Medical and sanitary report of the native army of Bengal for the year
Year: 1874
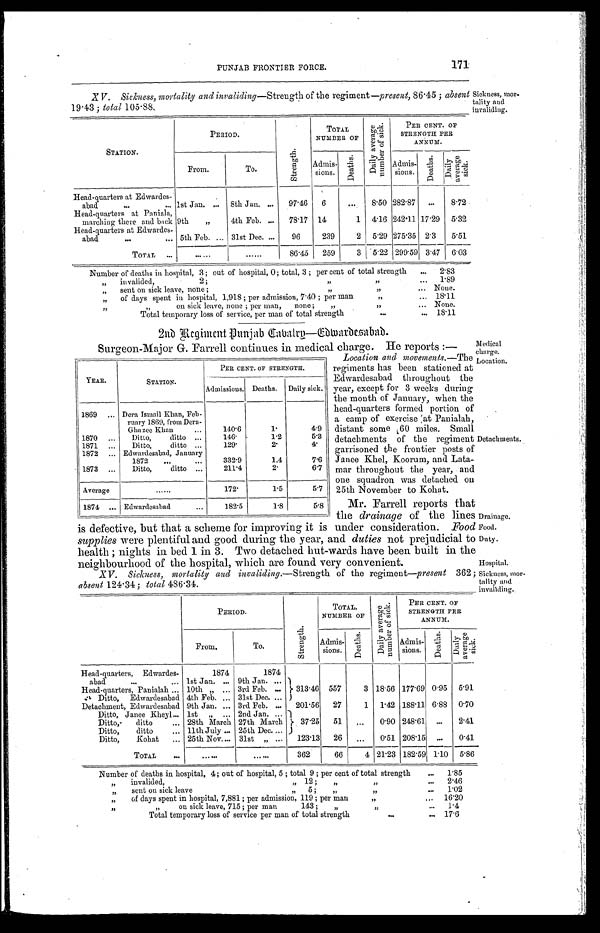
PUNJAB FRONTIER FORCE.
171
X V. Sickness, mortality and invaliding—Strength of the regiment—present, 86.45 ; absent
19.43 total 105.88.
Sickness, mor-
ality and
uvaliding.
STATION.
PERIOD.
S t r e n g t h .
TOTAL
NUMBER OF
D a i l y A v e r a g e N u m b e r S i c k .
P E R C E N T . O F
STRENGTH PER
ANNUM.
From.
To.
Admissions.
D e a t h s .
Admissions.
D e a t h s .
D a i l y A v e r a g e S i c k .
Head-quarters at Edwardes-
abad
...
... 1st Jan. ... 8th Jan. ... 97.46
6
. . .
8.50 282.87 ... 8.72
Head-quarters at Paniala,
marching there and back 9th „
4th Feb. ... 78.17 14
1 4.16 242.11 17.29 5.32
Head-quarters at Edwardes-
abad
...
... 5th Feb. ... 31st Dec. ...
96
239
2 5.29 275.35 2.3 5.51
TOTAL ...
......
......
86.45 259
3 5.22
2 9 9 . 5 9
3.47
6 . 0 3
Number of deaths in hospital, 3 ; out of hospital, 0; total, 3 ; per cent of total strength ... 2.83
,, invalided,
2;
, , , ,
, ,
... 1.89
,, sent on sick leave, none ; „
, ,
... None.
„ of days spent in hospital, 1,918 ; per admission, 7.40 ; per man
, ,
... 18.11
„
on sick leave, none ; per man, none ;
,,
, ,
... None.
Total temporary loss of service, per man of total strength
. . .
... 18.11
2nd Regiment Punjap Cabalry—Edwardesabad.
Detachments.
Drainage.
Food.
Duty.
Hospital.
Sickness, mor-
tality and
Surgeon-Major G. Farrell continues in medical charge. He reports :—
YEAR.
STATION.
PER CENT. OF STRENGTH.
Admissions. Deaths. Daily sick.
1869 ... Dora Ismail Khan, Feb-
ruary 1860, from Dera-
Ghazee Khan
...
140.6
1.
4.9
1870 ... Ditto,
ditto ...
146.
1.2
5.3
1871 ...
Ditto,
ditto ...
129.
2.
4.
1872 ... Edwardesabad, January
1872 ...
...
332.9
1.4
7.6
1873 ...
Ditto,
ditto ...
211.4
2.
6.7
Average
......
172.
1.5
5.7
1874 ... Edwardesabad ...
1 8 2 . 5
1.8
5.8
is defective, but that a scheme for improving it is under consideration. Food
supplies were plentiful and good during the year, and duties not prejudicial to
health ; nights in bed 1 in 3. Two detached hut-wards have been built in the
neighbourhood of the hospital, which are found very convenient.
XV V. Sickness, mortality and invaliding .—Strength of the regiment—present 362;
absent 124.34 ; total 486.34.
Location and movemen .—The
regiments has been stationed at
Edwardesabad throughout the
year, except for 3 weeks during
the month of January, when the
head-quarters formed portion of
a camp of exercise at Panialah,
distant some 60 miles. Small
detachments of the regiment
garrisoned the frontier posts of
Janee Khel, Koorum, and Lata-
mar throughout the year, and
one squadron was detached on
25th November to Kohat.
Mr. Farrell reports that
the drainage of the lines
PERIOD.
S t r e n g t h .
TOTAL.
NUMBER OF
D a i l y A v e r a g e n u m b e r o f s i c k .
PER CENT. OF
STRENGTH PER
ANNUM.
From.
To.
Admi
ssions.
D e a t h s .
Admi
ssions.
D e a t h s .
D a i l y A v e r a g e s i c k .
Head-quarters, Edwardes-
1874
1874
abad
...
1st Jan. ... 9th Jan. ...
313.46 557
3 18.56 177.69 0.95 5.91
Head-quarters, Panialah ... 10th ,, ...
3rd Feb. ...
Ditto, Edwardesabad 4th Feb. ... 31st Dec. ...
Detachment, Edwardesabad 9th Jan. ... 3rd Feb. ... 201.56 27
1 1.42 188.11 6.88 0.70
Ditto, Janee Kheyl... 1st „ ... 2nd Jan. ...
37.25 51 ... 0.90 248.61 ... 2.41
Ditto,- ditto
... 28th March 27th March
Ditto,
ditto
... 11th July ... 25th Dec. ...
Ditto,
Kohat ... 25th Nov. ... 31st „ ... 123.13 26 ... 0.51 208.15 ... 0.41
TOTAL
...
......
. . . . . .
362
66
4 21.23 182.59 1.10 5.86
Number of deaths in hospital, 4; out of hospital, 5 ; total 9 ; per cent of total strength
... 1.85
,, invalided,
„ 12;
, ,... 2.46
„ sent on sick leave
,, 5 ;
, , ... 1.02
„ of days spent in hospital, 7,881 ; per admission, 119 ; per man
„
... 16.20
,, ,, on sick leave, 715 ; per man
143;
, ,
, ,
. . .
1.4
Total temporary loss of service per man of total strength
, ,
. . .
17.6